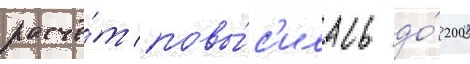
расчё́т повы́с'илась до́ 200